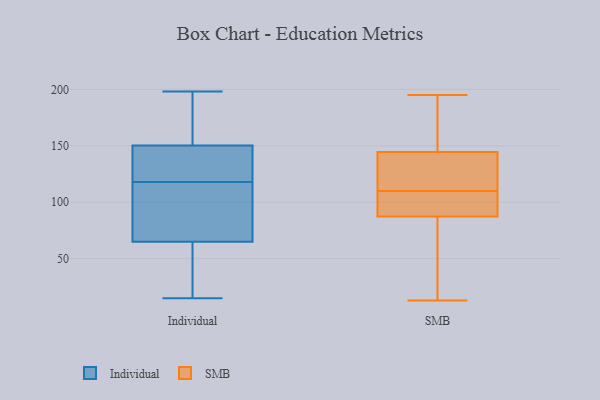
{"axis": {"x": "Conversion Rate (%)", "y": "Value"}, "legend": ["Individual", "SMB"], "data": [{"x": "", "y": 28, "type": "Individual"}, {"x": "", "y": 142, "type": "Individual"}, {"x": "", "y": 153, "type": "Individual"}, {"x": "", "y": 118, "type": "Individual"}, {"x": "", "y": 198, "type": "Individual"}, {"x": "", "y": 61, "type": "Individual"}, {"x": "", "y": 195, "type": "Individual"}, {"x": "", "y": 77, "type": "Individual"}, {"x": "", "y": 131, "type": "Individual"}, {"x": "", "y": 15, "type": "Individual"}, {"x": "", "y": 84, "type": "Individual"}, {"x": "", "y": 110, "type": "SMB"}, {"x": "", "y": 122, "type": "SMB"}, {"x": "", "y": 123, "type": "SMB"}, {"x": "", "y": 195, "type": "SMB"}, {"x": "", "y": 102, "type": "SMB"}, {"x": "", "y": 103, "type": "SMB"}, {"x": "", "y": 115, "type": "SMB"}, {"x": "", "y": 100, "type": "SMB"}, {"x": "", "y": 186, "type": "SMB"}, {"x": "", "y": 57, "type": "SMB"}, {"x": "", "y": 146, "type": "SMB"}, {"x": "", "y": 94, "type": "SMB"}, {"x": "", "y": 13, "type": "SMB"}, {"x": "", "y": 145, "type": "SMB"}, {"x": "", "y": 44, "type": "SMB"}, {"x": "", "y": 168, "type": "SMB"}, {"x": "", "y": 143, "type": "SMB"}, {"x": "", "y": 85, "type": "SMB"}, {"x": "", "y": 31, "type": "SMB"}]}